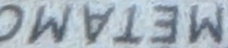
METAMO